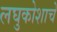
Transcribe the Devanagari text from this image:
लघुकोशाचे